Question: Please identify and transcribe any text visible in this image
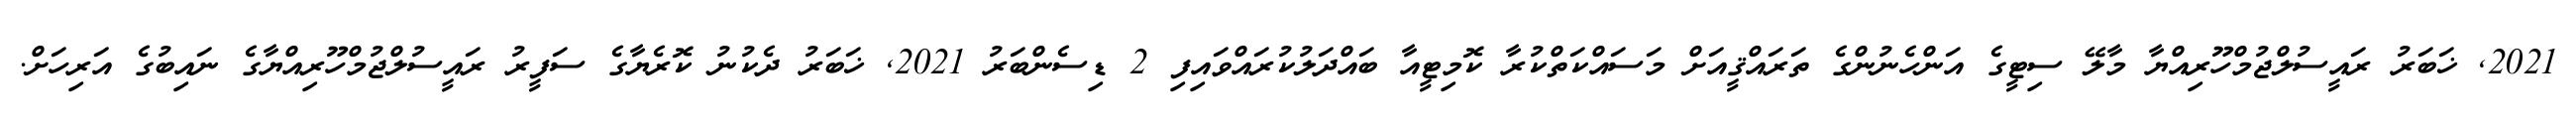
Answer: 2021, ޚަބަރު ރައީސުލްޖުމްހޫރިއްޔާ މާލޭ ސިޓީގެ އަންހެނުންގެ ތަރައްޤީއަށް މަސައްކަތްކުރާ ކޮމިޓީއާ ބައްދަލުކުރައްވައިފި 2 ޑިސެންބަރު 2021, ޚަބަރު ދެކުނު ކޮރެޔާގެ ސަފީރު ރައީސުލްޖުމްހޫރިއްޔާގެ ނައިބުގެ އަރިހަށް.